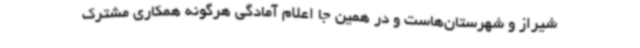
شیراز و شهرستان‌هاست و در همین جا اعلام آمادگی هرگونه همکاری مشترک